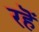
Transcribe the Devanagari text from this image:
रहॆं